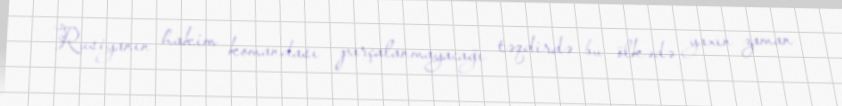
Rusiyanın hakim komandası parçalanmayacağı təqdirdə bu ölkədə yaxın zaman